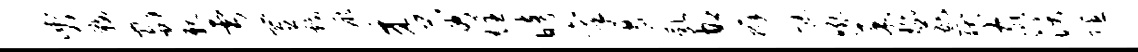
臾鞍蜀亲雪置戏蹶来蓉炷暗禀遏乳胡辫忙吼菜玳葩岳家沃隰